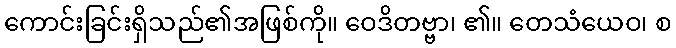
ကောင်းခြင်းရှိသည်၏အဖြစ်ကို။ ဝေဒိတဗ္ဗာ၊ ၏။ တေသံယေဝ၊ စ